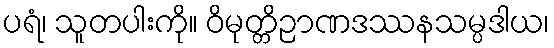
ပရံ၊ သူတပါးကို။ ဝိမုတ္တိဉာဏဒဿနသမ္ပဒါယ၊